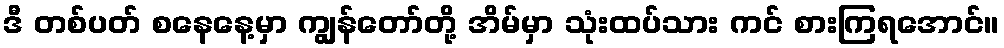
ဒီ တစ်ပတ် စနေနေ့မှာ ကျွန်တော်တို့ အိမ်မှာ သုံးထပ်သား ကင် စားကြရအောင်။